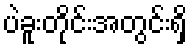
ပဲခူးတိုင်းအတွင်းရှိ